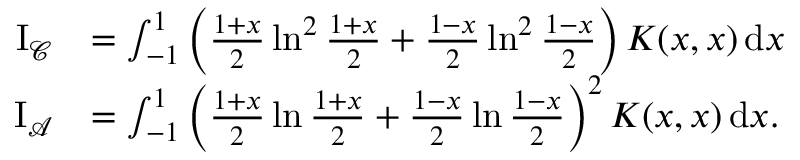
\begin{array} { r l } { \mathrm { I _ { \mathcal { C } } } } & { = \int _ { - 1 } ^ { 1 } \left( \frac { 1 + x } { 2 } \ln ^ { 2 } \frac { 1 + x } { 2 } + \frac { 1 - x } { 2 } \ln ^ { 2 } \frac { 1 - x } { 2 } \right) K ( x , x ) \, \mathrm { d } x } \\ { \mathrm { I _ { \mathcal { A } } } } & { = \int _ { - 1 } ^ { 1 } \left( \frac { 1 + x } { 2 } \ln \frac { 1 + x } { 2 } + \frac { 1 - x } { 2 } \ln \frac { 1 - x } { 2 } \right) ^ { 2 } K ( x , x ) \, \mathrm { d } x . } \end{array}